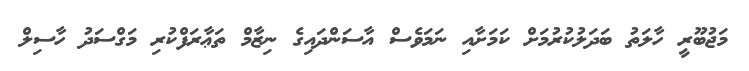
މަޖުބޫރީ ހާލަތު ބަދަލުކުރުމަށް ކަމަށާއި ނަމަވެސް އާސަންދައިގެ ނިޒާމް ތަޢާރަފްކުރި މަގްސަދު ހާސިލް